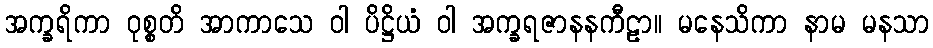
အက္ခရိကာ ဝုစ္စတိ အာကာသေ ဝါ ပိဋ္ဌိယံ ဝါ အက္ခရဇာနနကီဠာ။ မနေသိကာ နာမ မနသာ